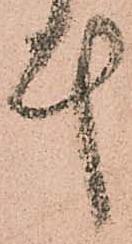
計